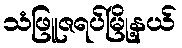
သံဖြူဇရပ်မြို့နယ်